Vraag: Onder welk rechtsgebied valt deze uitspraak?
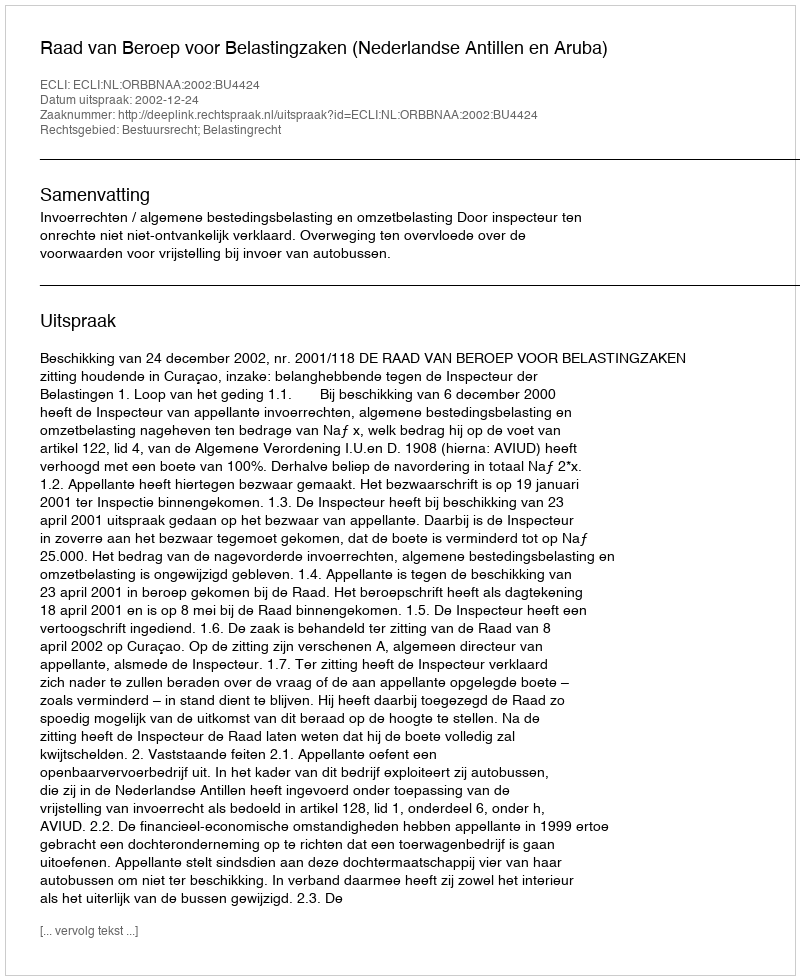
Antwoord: Bestuursrecht; Belastingrecht